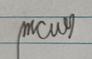
Signature authenticity: genuine